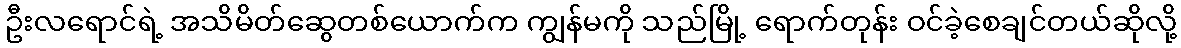
ဦးလရောင်ရဲ့ အသိမိတ်ဆွေတစ်ယောက်က ကျွန်မကို သည်မြို့ ရောက်တုန်း ဝင်ခဲ့စေချင်တယ်ဆိုလို့